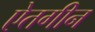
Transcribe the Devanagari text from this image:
ऐतगीन